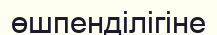
өшпенділігіне